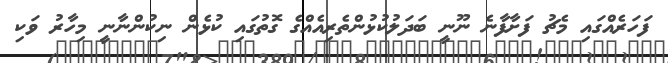
ފަހަރެއްގައި މެޗު ފަށާފާނެ ނޫނީ ބަދަލުކުޅުންތެރިއެއްގެ ގޮތުގައި ކުޅެން ނިކުންނާނީ މިހާރު ވަކި